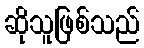
ဆိုသူဖြစ်သည်